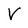
Character: V